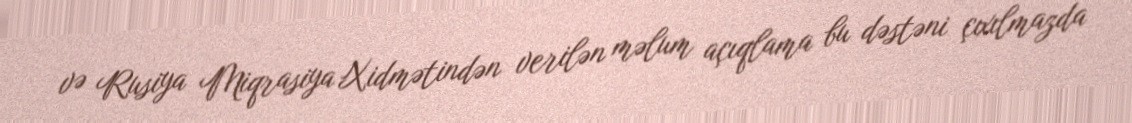
və Rusiya Miqrasiya Xidmətindən verilən məlum açıqlama bu dəstəni çıxılmazda